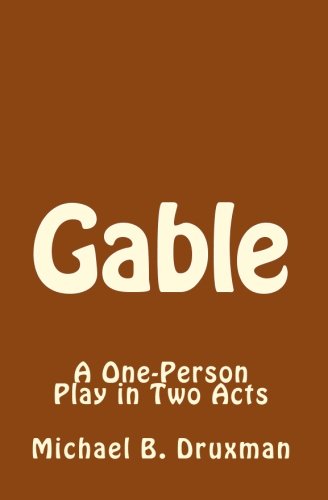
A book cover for Gable: A One-Person Play in Two Acts (Hollywood Legends); Michael B. Druxman; Crafts, Hobbies & Home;